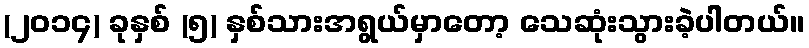
(၂၀၁၄) ခုနှစ် (၅) နှစ်သားအရွယ်မှာတော့ သေဆုံးသွားခဲ့ပါတယ်။